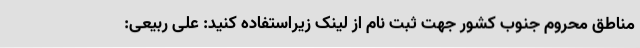
مناطق محروم جنوب کشور جهت ثبت نام از لینک زیراستفاده کنید: علی ربیعی: